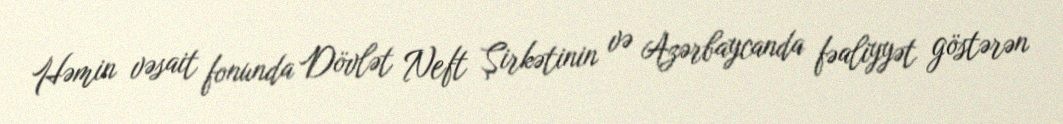
Həmin vəsait fonunda Dövlət Neft Şirkətinin və Azərbaycanda fəaliyyət göstərən